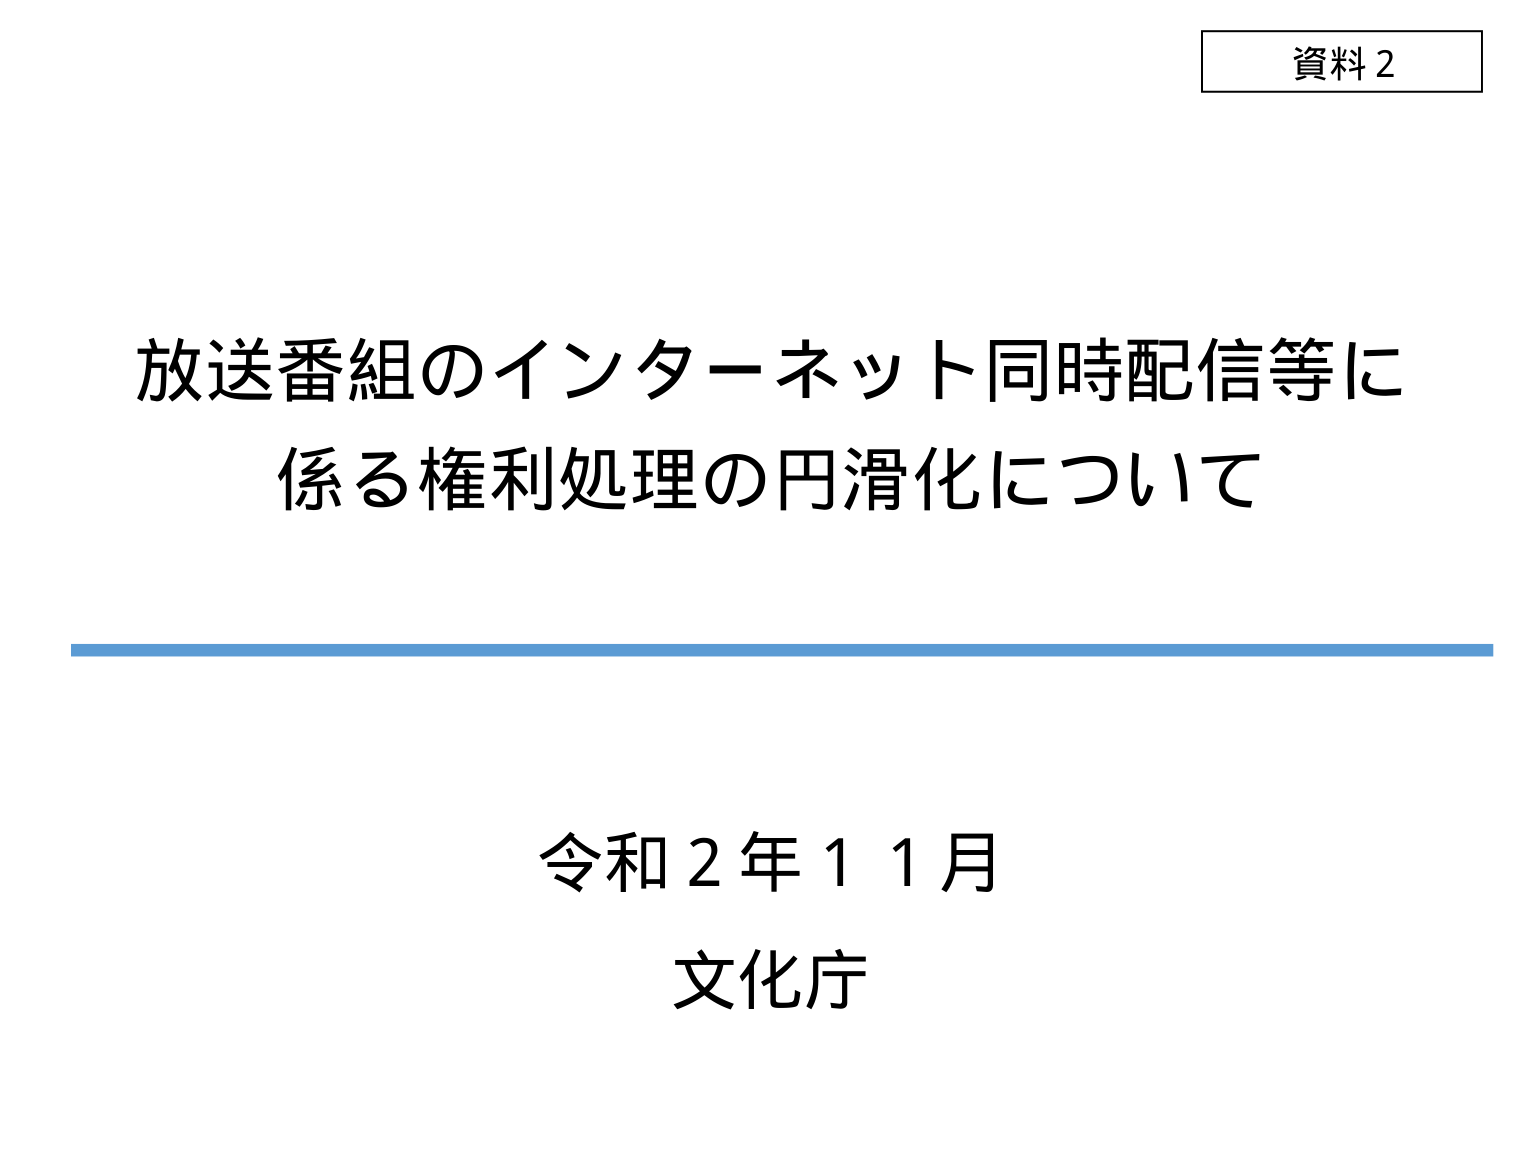
資料２

放送番組のインターネット同時配信等に
係る権利処理の円滑化について

令和２年１１月
文化庁